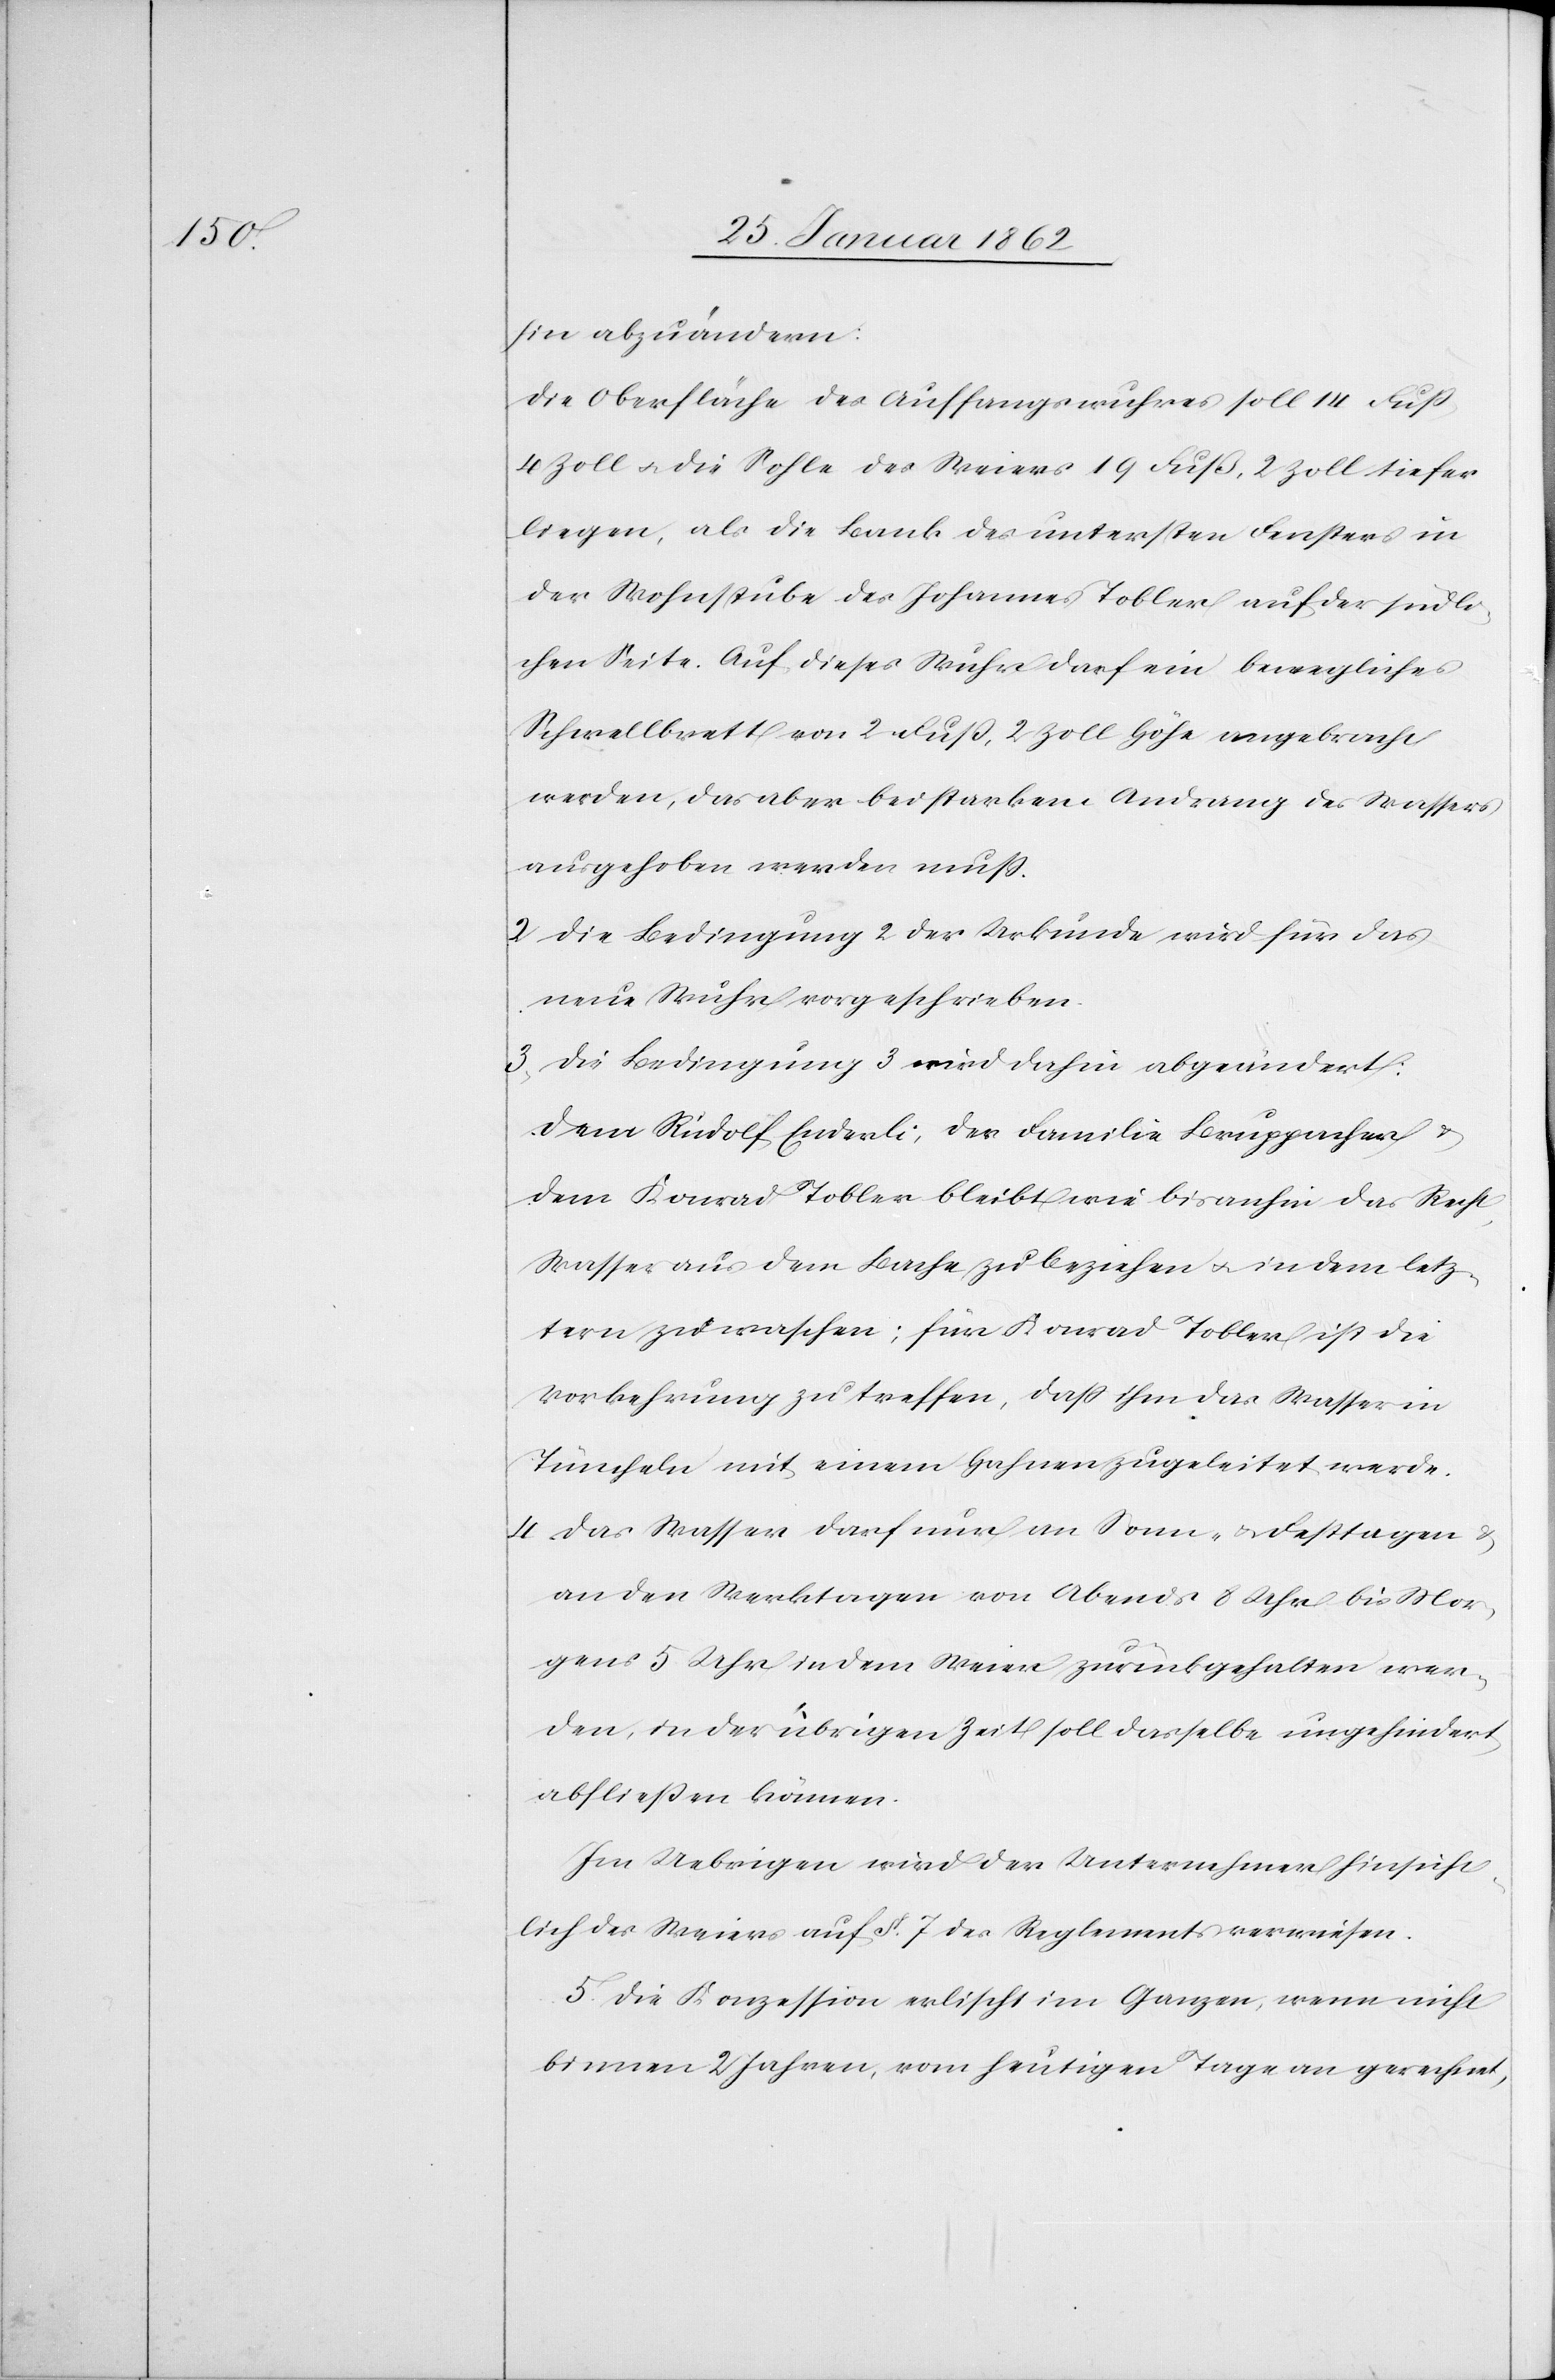
hin abzuändern:
Die Oberfläche des Auffangswuhres soll 14 Fuß,
4 Zoll u. die Sohle des Weiers 19 Fuß, 2 Zoll tiefer
liegen, als die Bank des untersten Fensters in
der Wohnstube des Johannes Tobler auf der südli¬
chen Seite. Auf dieses Wuhr darf ein bewegliches
Schwellbrett von 2 Fuß, 2 Zoll Höhe angebracht
werden, das aber bei starkem Andrang des Wassers
ausgehoben werden muß.
2) Die Bedingung 2 der Urkunde wird für das
neue Wuhr vorgeschrieben.
3) Die Bedingung 3 wird dahin abgeändert:
Dem Rudolf Enderli, der Familie Bruppacher &
dem Konrad Tobler bleibt wie bis anhin das Recht,
Wasser aus dem Bache zu beziehen u. in dem letz¬
tern zu waschen; für Konrad Tobler ist die
Vorkehrung zu treffen, daß ihm das Wasser in
Tüncheln mit einem Hahnen zugeleitet werde.
4) Das Wasser darf nur an Sonn- u. Festtagen
an den Werktagen von Abends 8 Uhr bis Mor¬
gens 5 Uhr in dem Weier zurückgehalten wer¬
den, in der übrigen Zeit soll dasselbe ungehindert
abfließen können.
Im Uebrigen wird der Unternehmer hinsicht¬
lich des Weiers auf §. 7 des Reglements verwiesen.
5) Die Konzession erlischt im Ganzen, wenn nicht
binnen 2 Jahren, vom heutigen Tage an gerechnet,